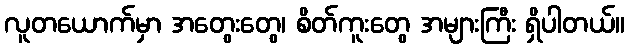
လူတယောက်မှာ အတွေးတွေ၊ စိတ်ကူးတွေ အများကြီး ရှိပါတယ်။